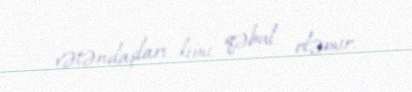
vətəndaşları kimi qəbul eləmir.